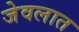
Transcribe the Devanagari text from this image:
जेवलात